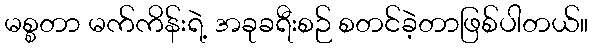
မစ္စတာ မက်ကိန်းရဲ့ အခုခရီးစဉ် စတင်ခဲ့တာဖြစ်ပါတယ်။